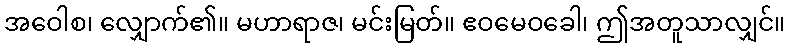
အဝေါစ၊ လျှောက်၏။ မဟာရာဇ၊ မင်းမြတ်။ ဧဝမေဝခေါ၊ ဤအတူသာလျှင်။